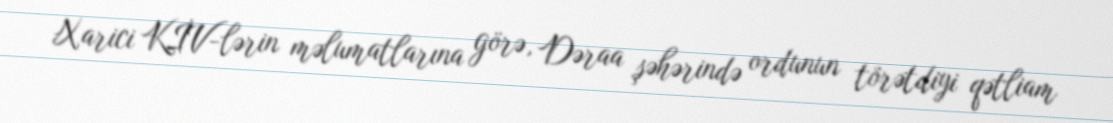
Xarici KİV-lərin məlumatlarına görə, Dəraa şəhərində ordunun törətdiyi qətliam